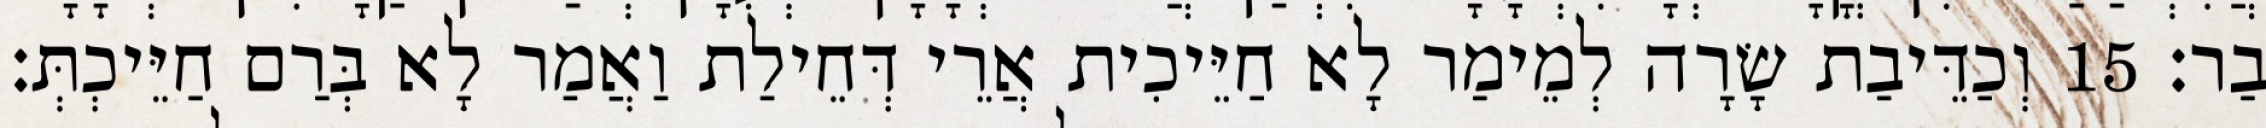
בַר׃ 15 וְכַדֵּיבַת שָׂרָה לְמֵימַר לָא חַיֵּיכִית אֲרֵי דְּחֵילַת וַאֲמַר לָא בְּרַם חַיֵּיכְתְּ׃